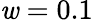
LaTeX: \mathit{w}=0.1